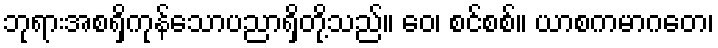
ဘုရားအစရှိကုန်သောပညာရှိတို့သည်။ ဝေ၊ စင်စစ်။ ယာစကမာဂတေ၊